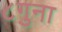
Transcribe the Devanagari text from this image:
८गुना